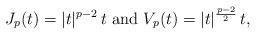
LaTeX: \begin{align*}J_p(t)=|t|^{p-2}\,t\mbox{ and }V_p(t)=|t|^\frac{p-2}{2}\,t,\end{align*}